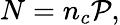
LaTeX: N=n_{c}\mathcal{P},